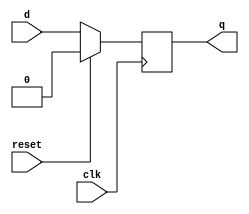
module d_ff_sync_reset (
    input wire clk,
    input wire reset,
    input wire d,
    output reg q
);

always @(posedge clk) begin
    if (reset == 1'b1) begin
        q <= 1'b0; // Reset the output to 0
    end else begin
        q <= d; // Update the output based on the input data
    end
end

endmodule